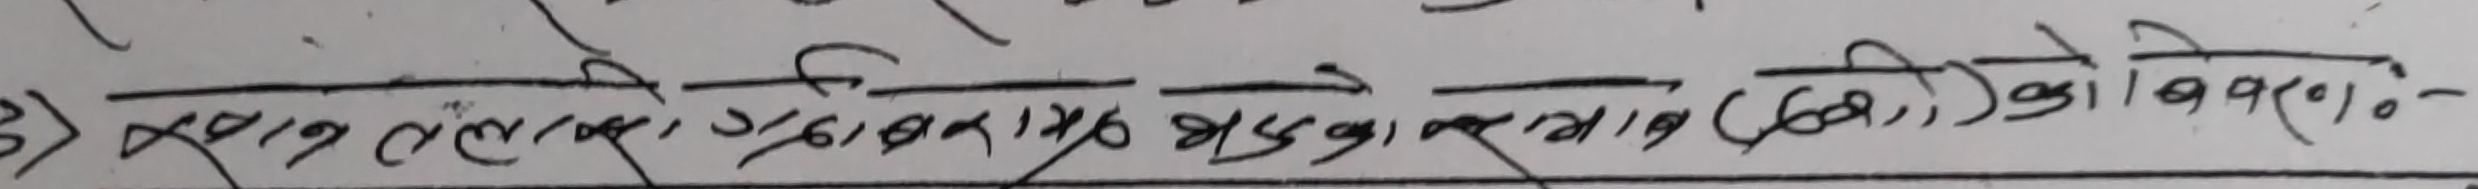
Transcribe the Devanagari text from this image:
३) हाल सलेबसको अध्यावधिक मसौदा प्राप्त गरी (६०) दिने योवस्पा ।